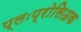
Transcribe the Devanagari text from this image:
प्लःप्रोसिअक